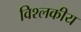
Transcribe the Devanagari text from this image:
विश्लकीय